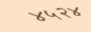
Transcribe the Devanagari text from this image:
४५२४